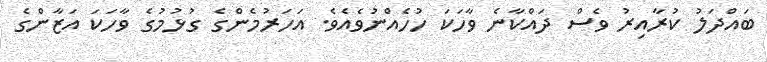
ބައްދަލު ކުރާއިރު ވެސް ދައްކާނެ ވާހަކަ ހުހެއްނުވެއެވެ. އަހަރުމެންގެ ގުޅުމުގެ ވާހަކަ އަޒާންގެ